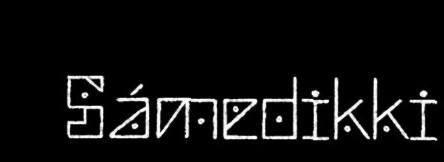
Sámedikki